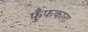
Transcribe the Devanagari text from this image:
फुँफकारा